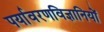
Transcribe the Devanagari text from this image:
पर्यावरणविज्ञानियों